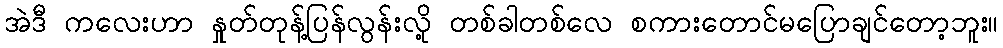
အဲဒီ ကလေးဟာ နှုတ်တုန့်ပြန်လွန်းလို့ တစ်ခါတစ်လေ စကားတောင်မပြောချင်တော့ဘူး။